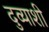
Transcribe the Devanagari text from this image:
दुव्याशी